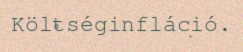
Költséginfláció.